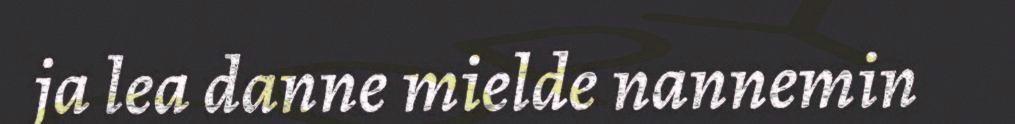
ja lea danne mielde nannemin